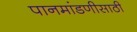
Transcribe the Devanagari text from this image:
पानमांडणीसाठी